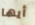
أيها